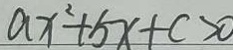
a x ^ { 2 } + 5 x + c > 0